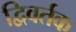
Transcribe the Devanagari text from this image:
द्विवर्तक